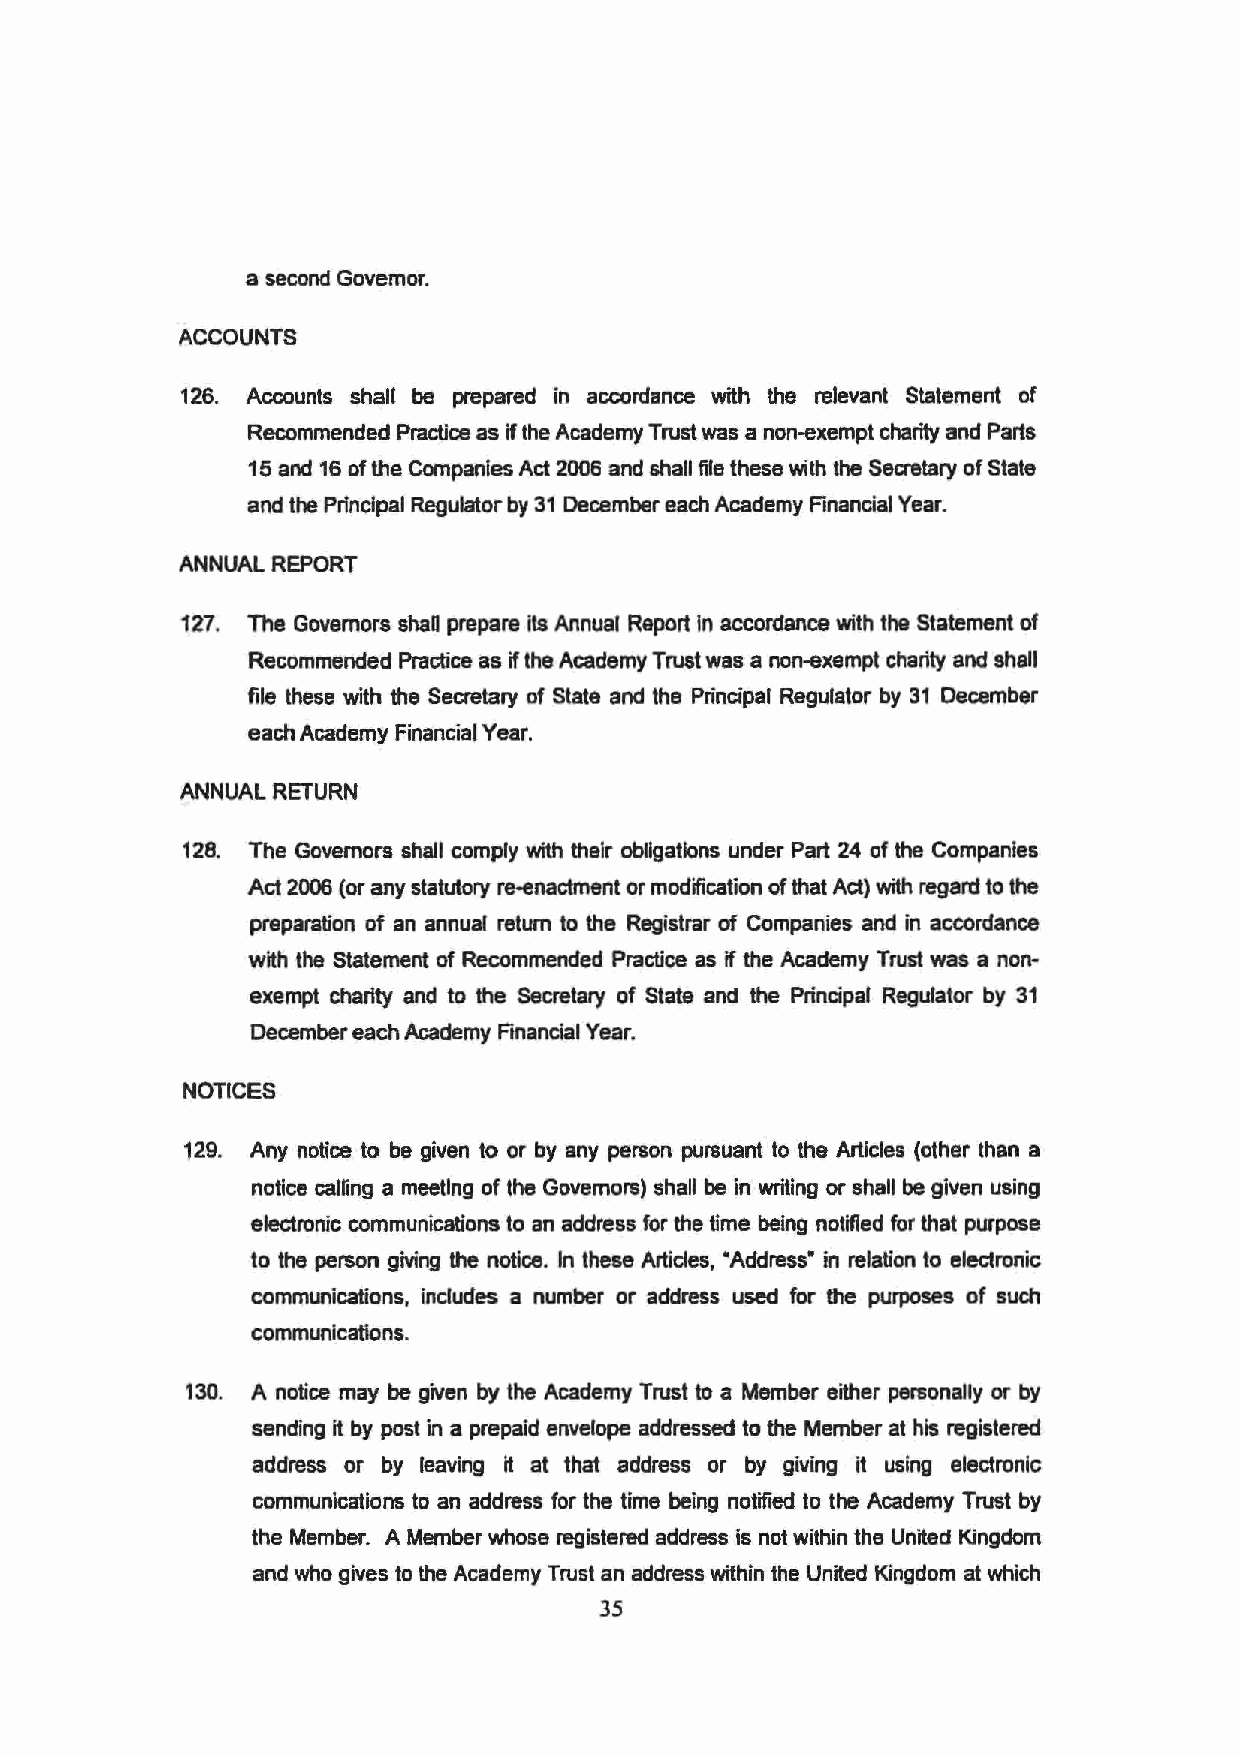
a second Governor.
 ACCOUNTS
 126. Accounts shall be prepared in accordance with the relevant Statement of
 Recommended Practice as if the Academy Trust was a non-exempt charity and Parts
 15 and 16 of the Companies Act 200S and shall file these with the Secretary of State
 and the Principal Regulator by 31 December each Academy Financial Year.
 ANNUAL REPORT
 127. The Governors shaD prepare its Annual Report in accordance with the Statement of
 Recommended Practice as if the Academy Trust was a non-exempt charity and shall
 file these with the Secretary of State and the Principal Regulator by 31 December
 each Academy Financial Year.
 ANNUAL RETURN
 128. The Governors shall comply with their obligations under Part 24 of the Companies
 Act 2006 (or any statutory re.anactment or modification of that Act) with regard to the
 preparation of an annual return to the Registrar of Companies and in accordance
 with the Statement of Recommended Practice as if the Academy Trust was a non
 exempt charity and to the Secretary of State and the Principal Regulator by 31
 December each Academy Financial Year.
 NOTICES
 129. Any notice to be given to or by any person pursuant to the Articles (other than a
 notice calling a meeting of the Governors) shall be in writing or shall be given using
 electronic communications to an address for the time being notified for that purpose
 to the person giving the notice. In these Articles, •Address• in relation to electronic
 communications, includes a number or address used for the purposes of such
 communications.
 130. A notice may be given by the Academy Trust to a Member either personally or by
 sending it by post in a prepaid envelope addressed to the Member at his registered
 address or by leaving it at that address or by giving it using electronic
 communications to an address for the time being notified to the Academy Trust by
 the Member. A Member whose registered address is not within the United Kingdom
 and who gives to the Academy Trust an address within the United Kingdom at which
 35